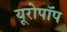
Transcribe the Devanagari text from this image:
यूरोपॉप